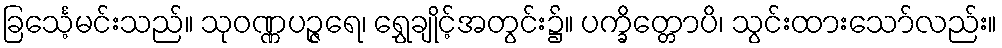
ခြင်္သေ့မင်းသည်။ သုဝဏ္ဏပဉ္ဇရေ၊ ရွှေချိုင့်အတွင်း၌။ ပက္ခိတ္တောပိ၊ သွင်းထားသော်လည်း။